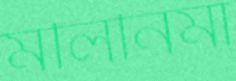
মলিনিমা